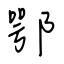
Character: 鄂